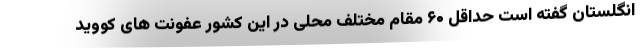
انگلستان گفته است حداقل ۶۰ مقام مختلف محلی در این کشور عفونت های کووید